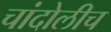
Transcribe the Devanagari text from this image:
चांदोलीच